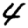
Digit: 4